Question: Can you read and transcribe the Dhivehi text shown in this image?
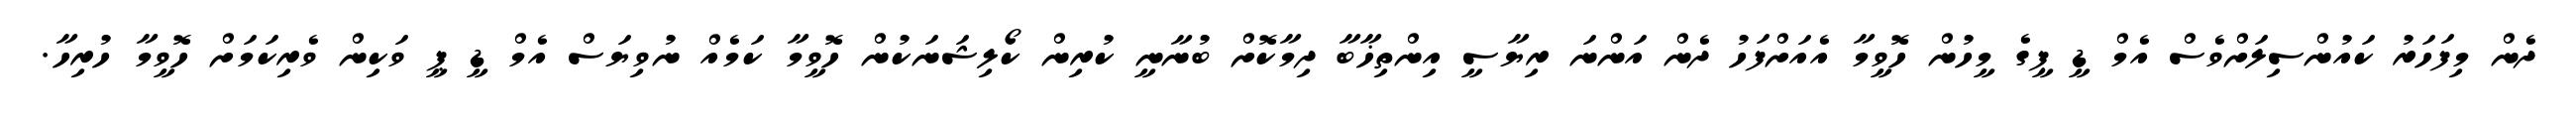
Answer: ދެން މިފަހަރު ކައުންސިލަށްވެސް އެމް ޑީ ޕީގެ މީހުން ހޮވީމާ އެއަށްފަހު ދެން އަންނަ ރިޔާސީ އިންތިޚާބާ ދިމާކޮށް ބުނާނީ ކުރިން ކޯލިޝަނަކުން ހޮވީމާ ކަމެއް ނުވިޔަސް އެމް ޑީ ޕީ ވަކިން ވެރިކަމަށް ހޮވީމާ ހުރިހާ.